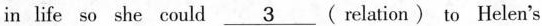
in life so she could \underline{3}( relation ) to Helen's